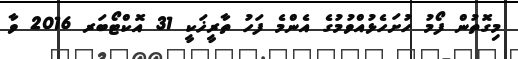
މިގޮތުން ފޯމު ހުށަހެޅުއްވުމުގެ އެންމެ ފަހު ތާރީޚަކީ 31 އޮކްޓޯބަރ 2016 ވާ